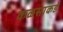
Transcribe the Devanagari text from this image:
कळसाकडे